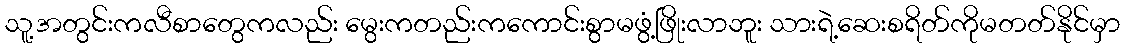
သူ့အတွင်းကလီစာတွေကလည်း မွေးကတည်းကကောင်းစွာမဖွံ့ဖြိုးလာဘူး သားရဲ့ဆေးစရိတ်ကိုမတတ်နိုင်မှာ